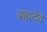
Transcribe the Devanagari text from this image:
ब्रह्मदेवे